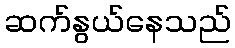
ဆက်နွယ်နေသည်